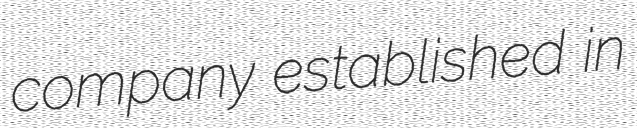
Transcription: company established in